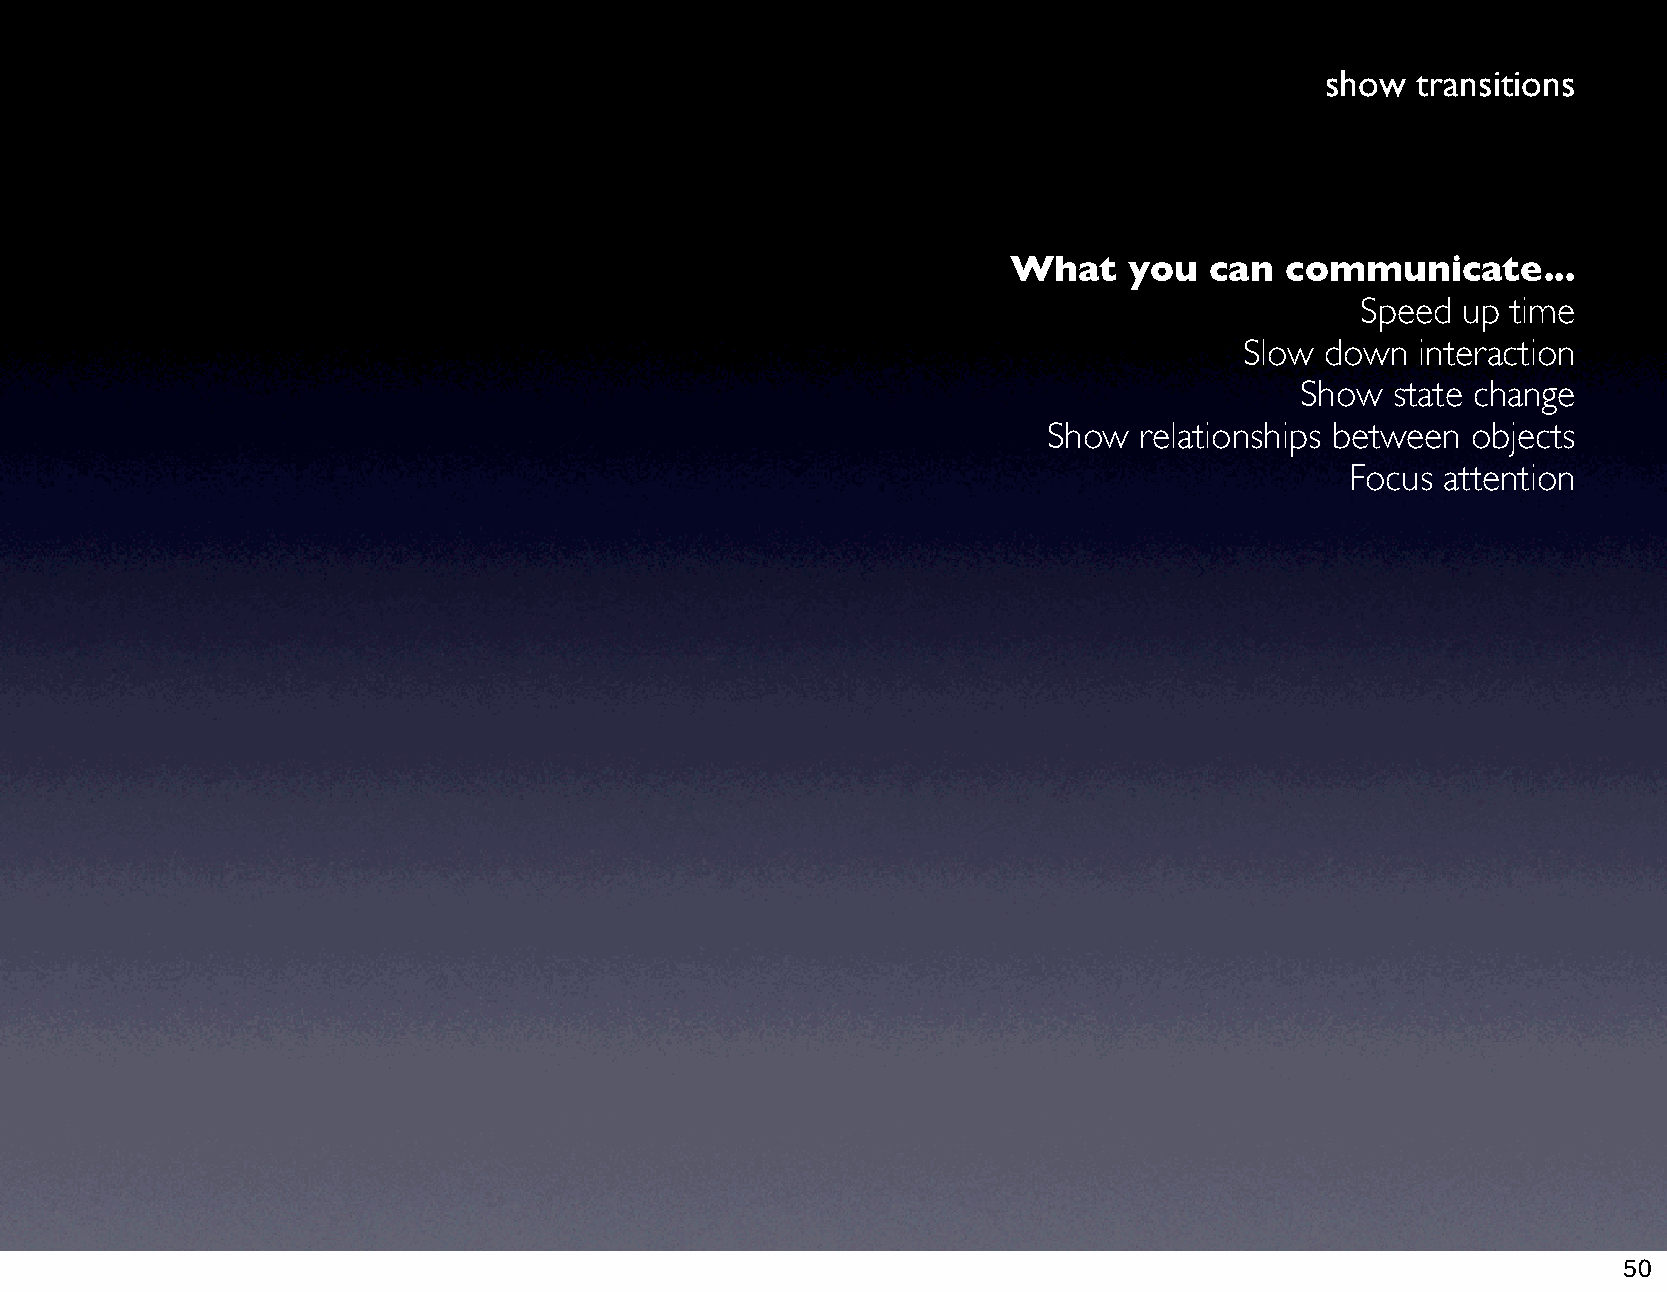
show  transitions
 What    you  can  communicate...
 Speed  up time
 Slow  down  interaction
 Show  state change
 Show  relationships between objects
 Focus  attention
 50